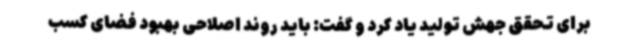
برای تحقق جهش تولید یاد کرد و گفت: باید روند اصلاحی بهبود فضای کسب